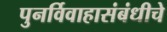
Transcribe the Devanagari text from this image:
पुनर्विवाहासंबंधीचे